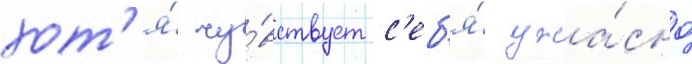
хот'я́ чу́вствует с'еб'я́ ужа́сно